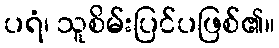
ပရံ၊ သူစိမ်းပြင်ပဖြစ်၏။